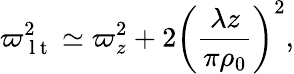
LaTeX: \varpi_{\mathrm{~l~t~}}^{2}\simeq\varpi_{z}^{2}+2\left(\frac{\lambda z}{\pi\rho_{0}}\right)^{2},